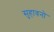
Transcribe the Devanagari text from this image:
सुहावनो